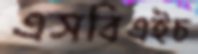
এসবিএইচ